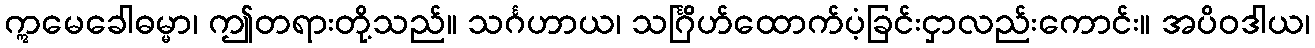
ဣမေခေါဓမ္မာ၊ ဤတရားတို့သည်။ သင်္ဂဟာယ၊ သင်္ဂြိဟ်ထောက်ပံ့ခြင်းငှာလည်းကောင်း။ အပိဝဒါယ၊